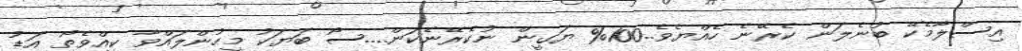
އިސްލާމެކޭ ބުނެލަން ކެރޭނެ ހެއްޔެވެ..100% ޔަގީން ނުކެރޭނެކަން....ސޯ ބަޔަކު މީހުންލައްވާ ކީއްވެތޯ އަޑު